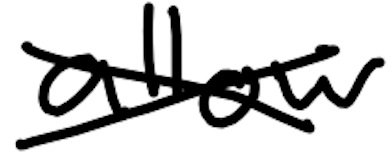
Text: allow
Cross-out: mix
Writing tool: digital_black